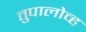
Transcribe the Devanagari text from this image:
तुपालोव्ह